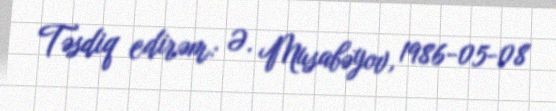
Təsdiq edirəm: Ə. Musabəyov, 1986-05-08